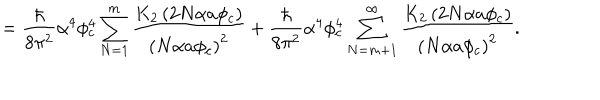
= \frac { \hbar } { 8 \pi ^ { 2 } } \alpha ^ { 4 } \phi _ { c } ^ { 4 } \sum _ { N = 1 } ^ { m } \frac { K _ { 2 } \left( 2 N \alpha a \phi _ { c } \right) } { \left( N \alpha a \phi _ { c } \right) ^ { 2 } } + \frac { \hbar } { 8 \pi ^ { 2 } } \alpha ^ { 4 } \phi _ { c } ^ { 4 } \sum _ { N = m + 1 } ^ { \infty } \frac { K _ { 2 } \left( 2 N \alpha a \phi _ { c } \right) } { \left( N \alpha a \phi _ { c } \right) ^ { 2 } } .